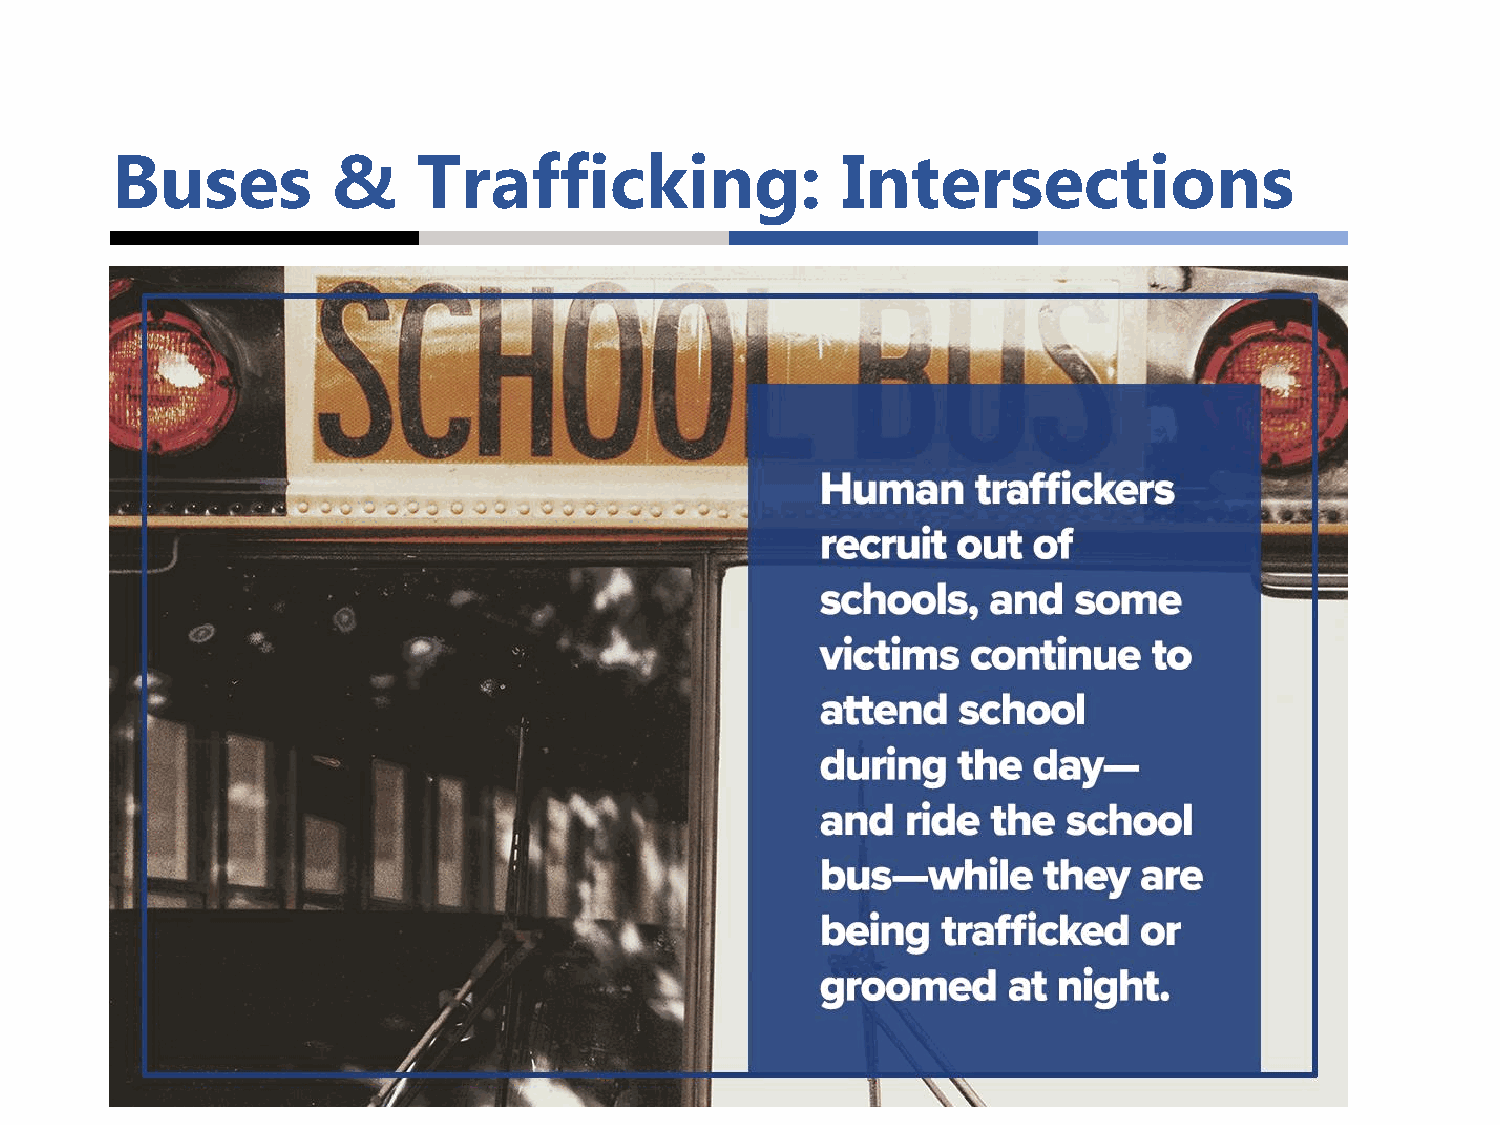
Buses          &     Trafficking:                Intersections